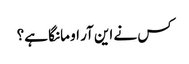
کس نے این آر او مانگا ہے؟